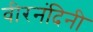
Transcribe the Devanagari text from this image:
वीरनंदिनी